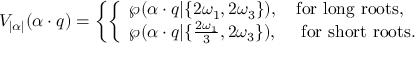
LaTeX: V _ { | \alpha | } ( \alpha \cdot q ) = \left\{ \left\{ \begin{array} { l l } { { \wp ( \alpha \cdot q | \{ 2 \omega _ { 1 } , 2 \omega _ { 3 } \} ) , \quad \mathrm { f o r ~ l o n g ~ r o o t s } , } } \\ { { \wp ( \alpha \cdot q | \{ { \frac { 2 \omega _ { 1 } } { 3 } } , 2 \omega _ { 3 } \} ) , \quad \ \mathrm { f o r ~ s h o r t ~ r o o t s } . } } \end{array} \right. \right.